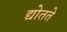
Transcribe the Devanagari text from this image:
द्योतते